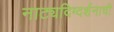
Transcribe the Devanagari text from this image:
नाट्यदिग्दर्शनाची